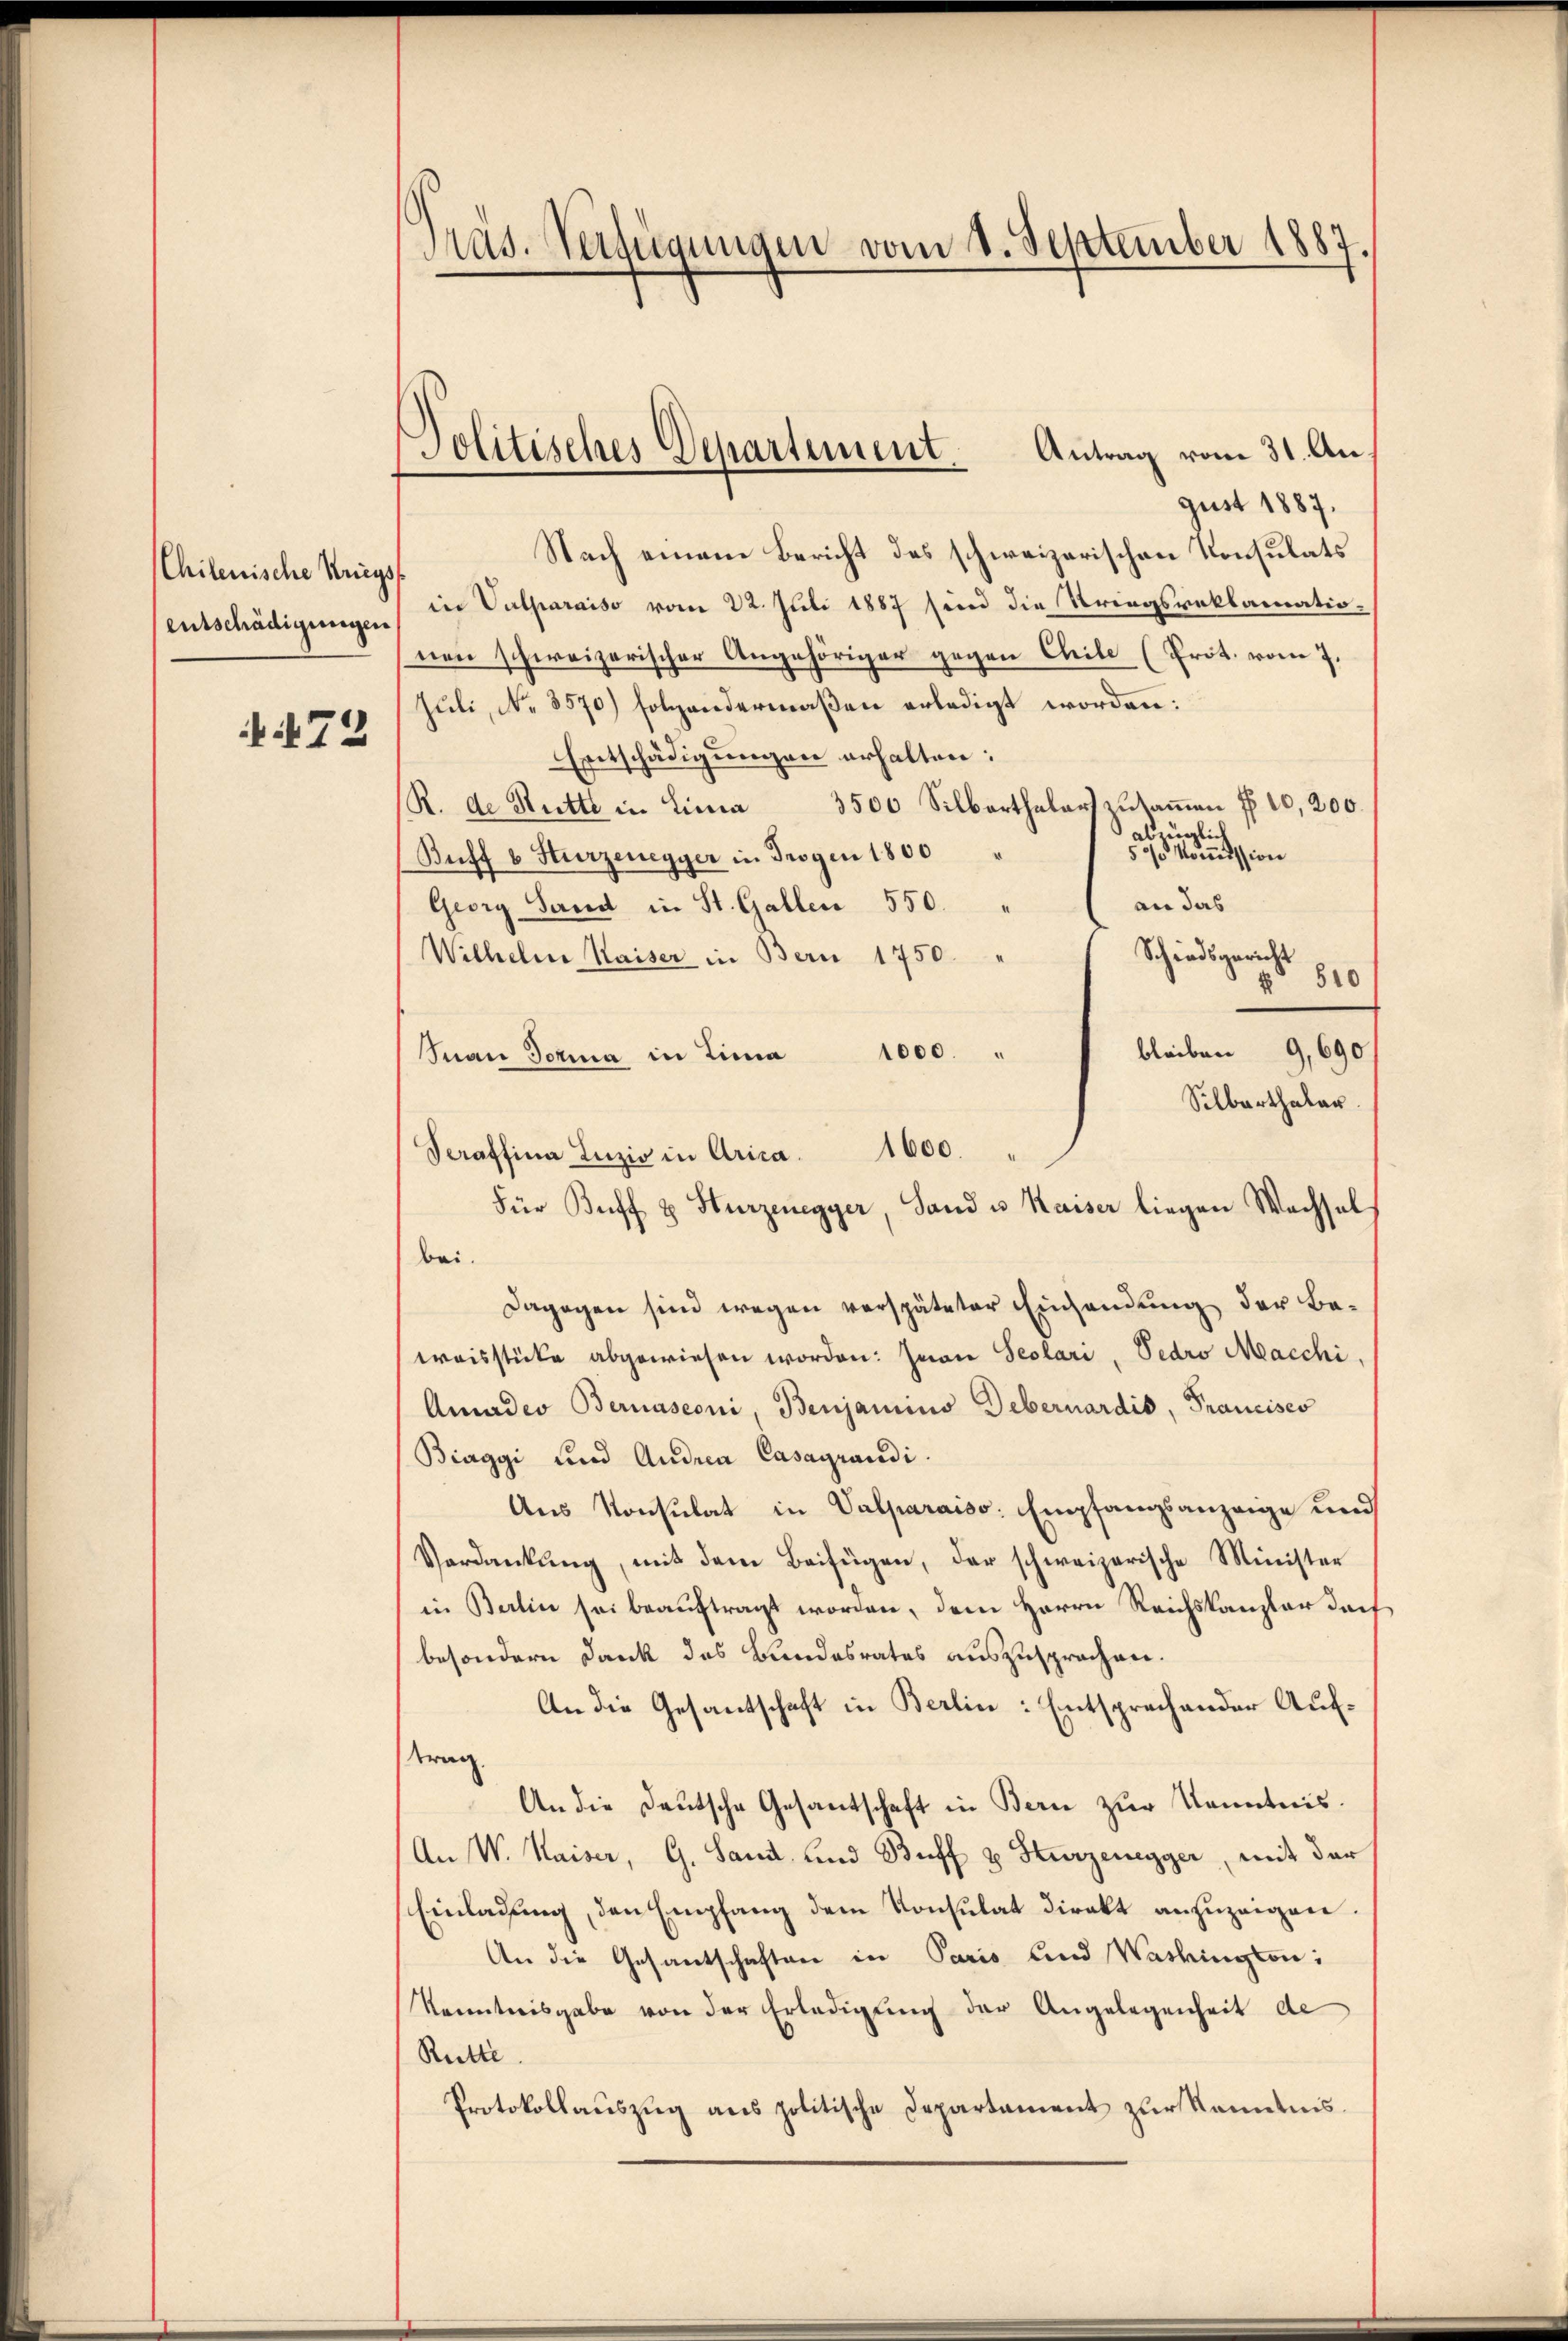
Chilenische Kriegs
entschädigungen

.472

Präs. Verfügungen vom 1. September 1887.

Politisches Departement.

Antrag vom 31. Angust 1887.
Nach einem Bericht des schweizerischen Konsulats
in Vulparaiso vom 22. Juli 1887 sind die Striegsreklamationen schweizerischer Angehöriger gegen Chile (Prot. vom 7.
Juli, No. 3570) folgendermaßen erledigt worden:
Entschädigungen erhalten:
R. de Stutte in Lina 3500 Silbarthalers zŭsaṁen § 10,200.
abmiglich
53/ Kommission
Buff v Kurzenegger in Trogen 1800 "
an das
Georg Sand in St. Gallen 550.
Schiedsgericht
Wilhelm Kaiser in Bern 1750 "
 510
bleiben 9,690
Inan Sozia in Lina 1000. "
Silberthaler.
Scraffina Lazić in Arica. 1600.
Für Buff & Hurzenegger, Sand u. Kaiser liegen Wechsel
bei.
Dagegen sind wegen verspäteter Einsendung der Beweisstücke abgewiesen worden: Jwan Seolari, Sedro Macchi,
Anudeo Bernasconi, Benjamino Debernardis, Francisco
Biaggi und Andrea Casagrandi.
Aus Konsulat in Valparaiso: Empfangsanzeige und
Verdankung, mit dem Beifügen, der schweizerische Minister
in Berlin sei beauftragt worden, dem Herrn Reichskanzler darf
besondern Dank des Bundesrates auszusprachen.
An die Gesantschaft in Berlin: Entsprechender Auftrag
An die Deutsche Gesantschaft in Bern zur Kenntnis.
An W. Kaiser, G. Sand und Buff u. Kurzenegger, mit der
Einladung, den Empfang dem Konsulat direkt anzuzeigen.
An die Gesantschaften in Paris und Washington:
Kenntnisgabe von der Erledigung der Angelegenheit de
Rütte
Protokollauszug aus politische Departament zur Kenntnis.